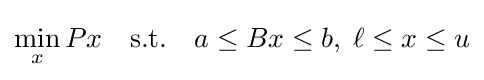
\min _{x}Px\quad {\text{s.t.}}\quad a\leq Bx\leq b,\;\ell \leq x\leq u